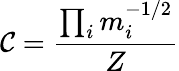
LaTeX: \mathcal{C}=\frac{{\prod_{i}m_{i}^{-1/2}}}{{Z}}